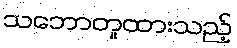
သဘောတူထားသည့်